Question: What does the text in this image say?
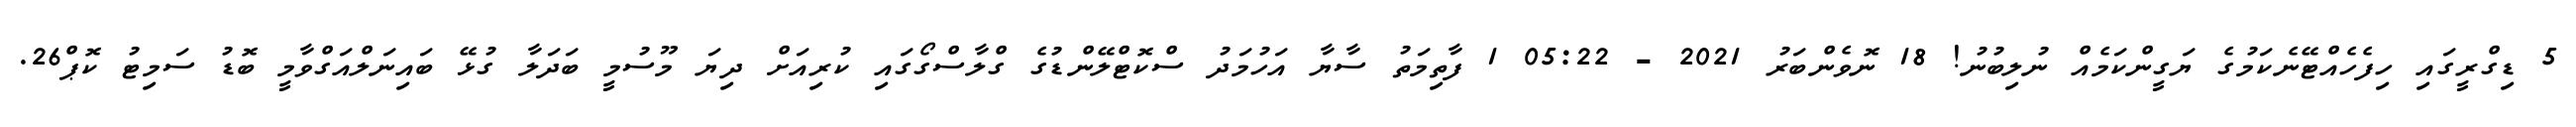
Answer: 5 ޑިގްރީގައި ހިފެހެއްޓޭނެކަމުގެ ޔަގީންކަމެއް ނުލިބުނު! 18 ނޮވެންބަރު 2021 - 05:22 1 ފާތިމަތު ސާޔާ އަހުމަދު ސްކޮޓްލޭންޑުގެ ގްލާސްގޯގައި ކުރިއަށް ދިޔަ މޫސުމީ ބަދަލާ ގުޅޭ ބައިނަލްއަގްވާމީ ބޮޑު ސަމިޓު ކޮޕް26.